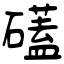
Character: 礚